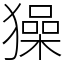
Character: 𤢖